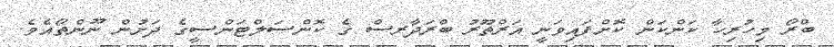
ބްރޯ މިހުރިހާ ކަންކަން ކޮށްފައިވަނީ އަރްތޫރު ބްރަދާރސް ގެ ކޮންސަލްޓަންސީގެ ދަށުން ނޫންތޯއެވެ.